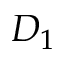
D _ { 1 }